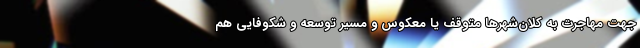
جهت مهاجرت به کلان‌شهرها متوقف یا معکوس و مسیر توسعه و شکوفایی هم